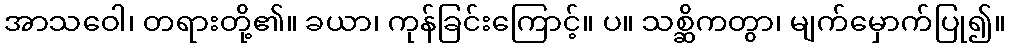
အာသဝေါ၊ တရားတို့၏။ ခယာ၊ ကုန်ခြင်းကြောင့်။ ပ။ သစ္ဆိကတွာ၊ မျက်မှောက်ပြု၍။